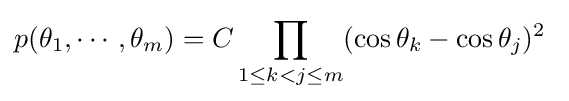
p(\theta _{1},\cdots ,\theta _{m})=C\prod _{1\leq k<j\leq m}(\cos \theta _{k}-\cos \theta _{j})^{2}~